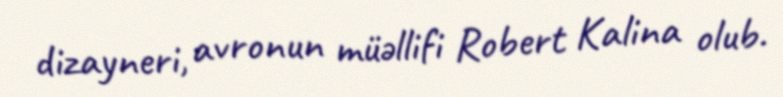
dizayneri, avronun müəllifi Robert Kalina olub.